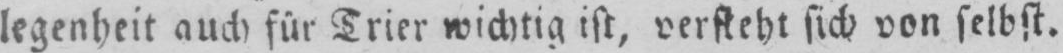
legenheit auch für Trier wichtig ist, versteht sich von selbst.